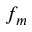
f _ { m }